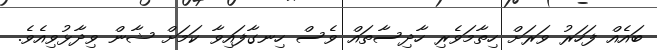
ބައެއް ފަހަރު ވަރަށް ހިތާމަވެރި ހާދިސާތައް ވެސް ހިނގާފައިވާ ކަމަށް ޝާން ވިދާޅުވިއެވެ.